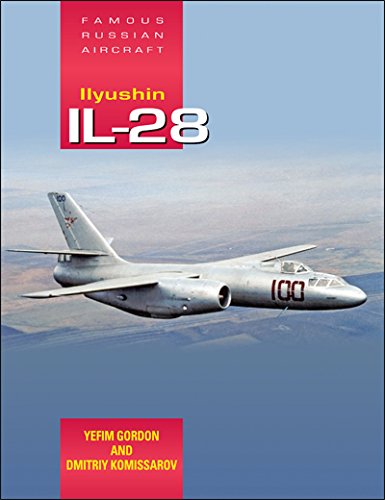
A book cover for Ilyushin IL-28: Famous Russian Aircraft; Yefim Gordon; History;